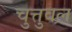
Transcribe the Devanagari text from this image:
चुत्तुवल